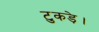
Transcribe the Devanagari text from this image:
टुकड़े।